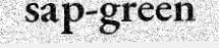
sap-green